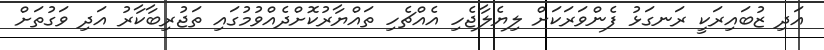
އަދި ޒުބައިރަކީ ރަނގަޅު ފެންވަރަކަށް ލިޔެލާޖެހި އެއްޗެހި ތައްޔާރުކޮށްދެއްވުމުގައި ތަޖުރިބާކާރު އަދި ވަގުތަށް